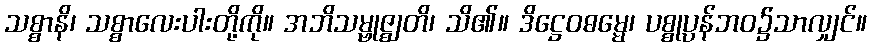
သစ္စာနိ၊ သစ္စာလေးပါးတို့ကို။ အဘိသမ္ဗုဇ္ဈတိ၊ သိ၏။ ဒိဋ္ဌေဝဓမ္မေ၊ ပစ္စုပ္ပန်ဘဝ၌သာလျှင်။